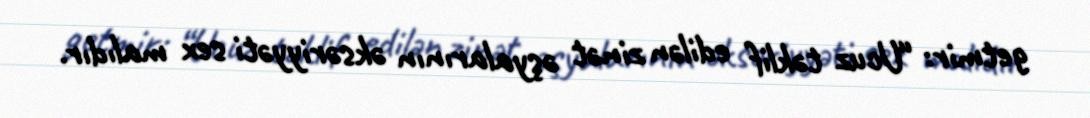
getmir: “Ucuz təklif edilən zinət əşyalarının əksəriyyəti sex malıdır.